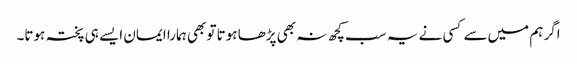
اگر ہم میں‌سے کسی نے یہ سب کچھ نہ بھی پڑھا ہوتا تو بھی ہمارا ایمان ایسے ہی پختہ ہوتا۔